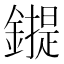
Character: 𰽇